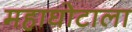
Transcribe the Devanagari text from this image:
महाघोटाला